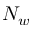
N _ { w }